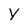
Character: Y